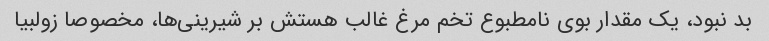
بد نبود، یک مقدار بوی نامطبوع تخم مرغ غالب هستش بر شیرینی‌ها، مخصوصا زولبیا